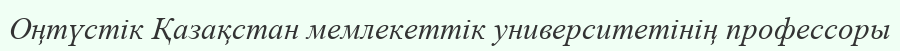
Оңтүстік Қазақстан мемлекеттік университетінің профессоры